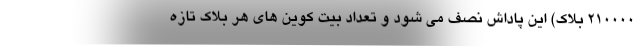
210000 بلاک) این پاداش نصف می شود و تعداد بیت کوین های هر بلاک تازه